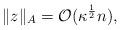
LaTeX: \begin{align*}\|z\|_A = \mathcal{O}(\kappa^{\frac{1}{2}}n),\end{align*}